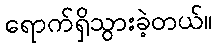
ရောက်ရှိသွားခဲ့တယ်။